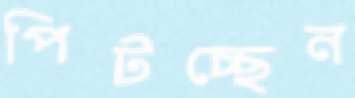
পিটচ্ছেন